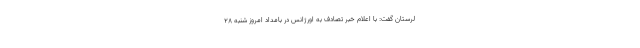
لرستان گفت: با اعلام خبر تصادف به اورژانس در بامداد امروز شنبه ۲۸